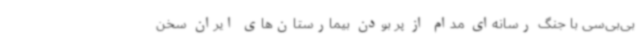
بی‌بی‌سی با جنگ رسانه‌ای مدام از پر بودن بیمارستان‌های ایران سخن